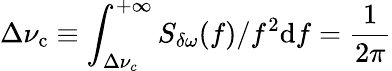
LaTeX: \Delta\nu_{\mathrm{c}}\equiv\int_{\Delta\nu_{c}}^{+\infty}S_{\delta\omega}(f)/f^{2}\mathrm{d}f=\frac{1}{2\pi}